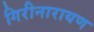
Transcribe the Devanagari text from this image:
गिरीनारायण